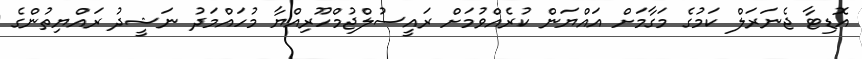
އޮޑިޓާ ޖެނަރަލް ކަމުގެ މަގާމަށް އައްޔަން ކުރެއްވުމަށް ރައީސުލްޖުމްހޫރިއްޔާ މުހައްމަދު ނަޝީދު ރައްޔިތުންގެ